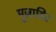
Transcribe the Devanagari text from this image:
मुज़ाहिर